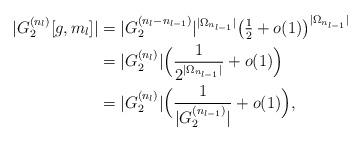
LaTeX: \begin{align*} |G_{2}^{(n_{l})}[g,m_{l}]| &= |G_{2}^{(n_{l}-n_{l-1})}|^{|\Omega_{n_{l-1}}|}\bigl(\tfrac{1}{2}+o(1)\bigr)^{|\Omega_{n_{l-1}}|}\\ &= |G_{2}^{(n_{l})}|\Bigl(\frac{1}{2^{|\Omega_{n_{l-1}}|}} + o(1)\Bigr)\\ &= |G_{2}^{(n_{l})}|\Bigl(\frac{1}{|G_{2}^{(n_{l-1})}|} + o(1)\Bigr),\end{align*}